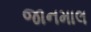
જાનમાલ